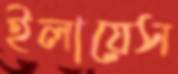
ইলায়েস